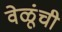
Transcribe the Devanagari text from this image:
वेळूंची